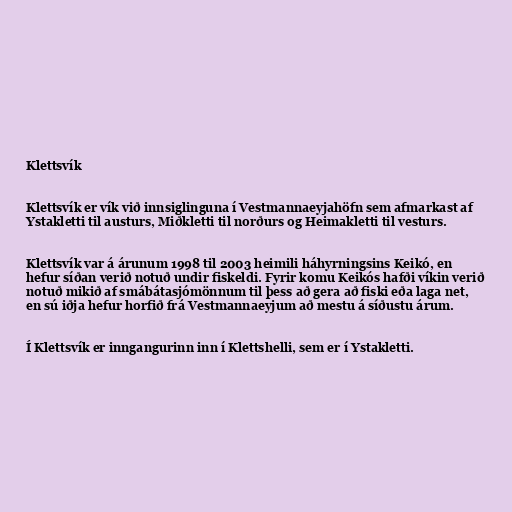
Klettsvík

Klettsvík er vík við innsiglinguna í Vestmannaeyjahöfn sem afmarkast af
Ystakletti til austurs, Miðkletti til norðurs og Heimakletti til vesturs.

Klettsvík var á árunum 1998 til 2003 heimili háhyrningsins Keikó, en
hefur síðan verið notuð undir fiskeldi. Fyrir komu Keikós hafði víkin verið
notuð mikið af smábátasjómönnum til þess að gera að fiski eða laga net,
en sú iðja hefur horfið frá Vestmannaeyjum að mestu á síðustu árum.

Í Klettsvík er inngangurinn inn í Klettshelli, sem er í Ystakletti.